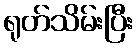
ရုတ်သိမ်းပြီး